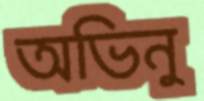
অভিনু